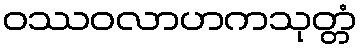
ဝဿဝလာဟကသုတ္တံ